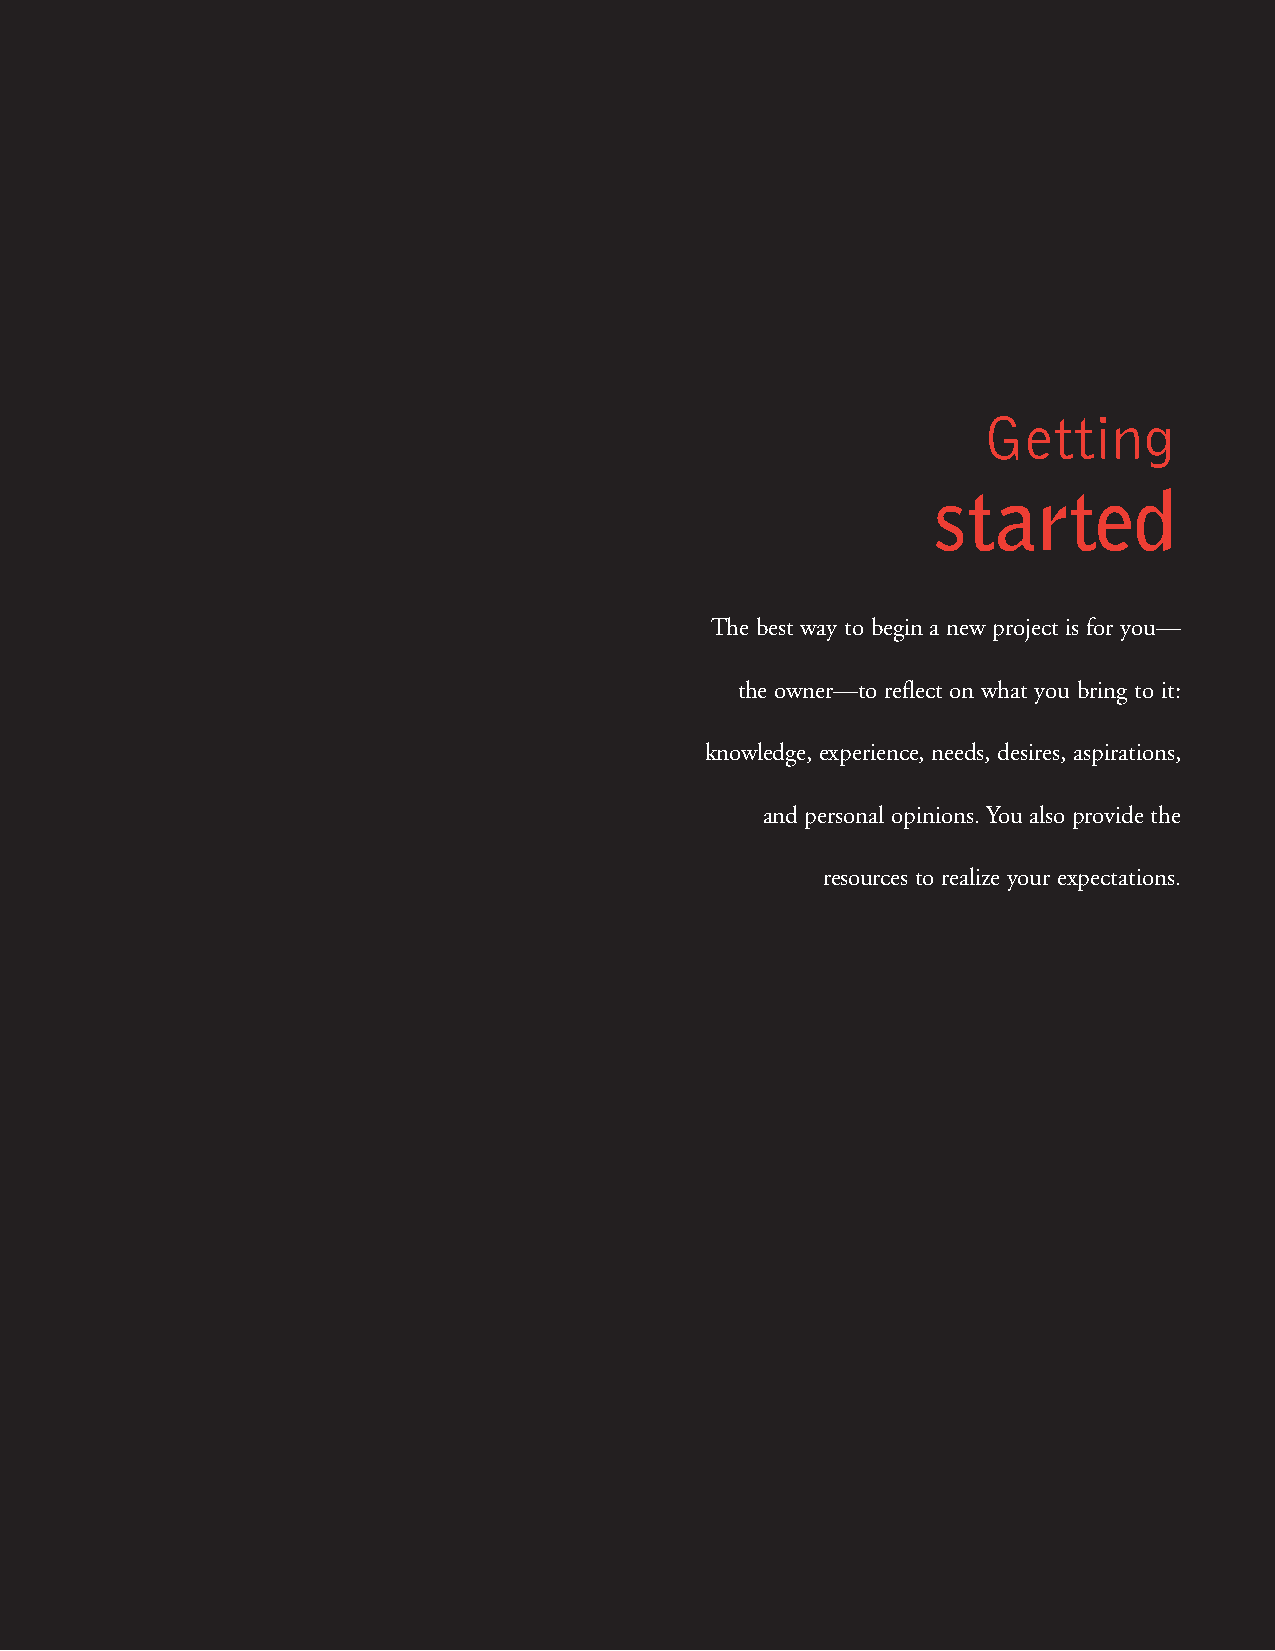
. . . .
 Getting
 started
 The best way to begin a new project is for you—
 the owner—to reflect on what you bring to it:
 knowledge, experience, needs, desires, aspirations,
 and personal opinions. You also provide the
 resources to realize your expectations.